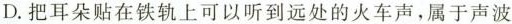
D.把耳朵贴在铁轨上可以听到远处的火车声，属于声波